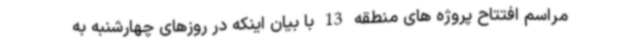
مراسم افتتاح پروژه های منطقه 13 با بیان اینکه در روزهای چهارشنبه به